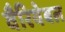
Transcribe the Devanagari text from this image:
वैरियेबल